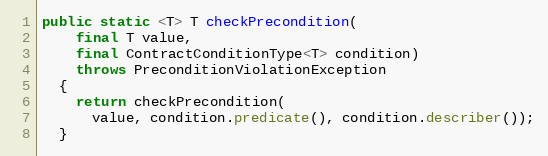
Language: Java
public static <T> T checkPrecondition(
    final T value,
    final ContractConditionType<T> condition)
    throws PreconditionViolationException
  {
    return checkPrecondition(
      value, condition.predicate(), condition.describer());
  }